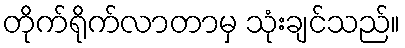
တိုက်ရိုက်လာတာမှ သုံးချင်သည်။